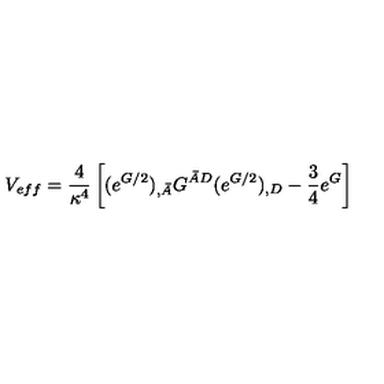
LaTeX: V _ { e f f } = \frac { 4 } { \kappa ^ { 4 } } \left[ ( e ^ { G / 2 } ) _ { , \bar { A } } G ^ { \bar { A } D } ( e ^ { G / 2 } ) _ { , D } - \frac { 3 } { 4 } e ^ { G } \right]